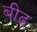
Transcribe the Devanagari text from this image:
बीढ़